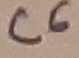
Text: C6